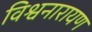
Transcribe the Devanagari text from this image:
विश्वनारायण